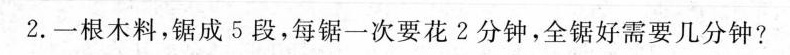
2.一根木料，锯成5段，每锯一次要花2分钟，全锯好需要几分钟?